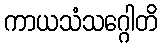
ကာယသံသဂ္ဂေါတိ